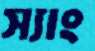
স্যাং